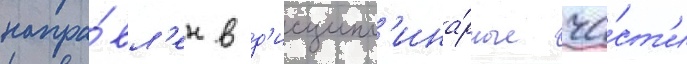
напра́вл'ен в д'исципл'ина́рные ча́ст'и